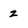
Character: 2